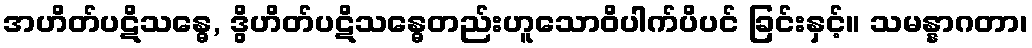
အဟိတ်ပဋိသန္ဓေ, ဒွိဟိတ်ပဋိသန္ဓေတည်းဟူသောဝိပါက်ပိပင် ခြင်းနှင့်။ သမန္နာဂတာ၊